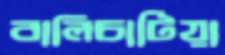
বালিচাটিয়া